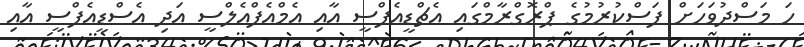
ހަ މަސްދުވަހަށް ފަސްކުރުމުގެ ޕްރޮގްރާމްގައި އެޗްޑީއެފްސީ އާއި އެމްއެފްއެލްސީ އަދި އެސްޑީއެފްސީ އާއި